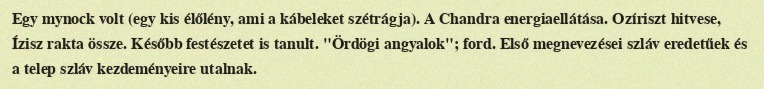
Egy mynock volt (egy kis élőlény, ami a kábeleket szétrágja). A Chandra energiaellátása. Ozíriszt hitvese, Ízisz rakta össze. Később festészetet is tanult. "Ördögi angyalok"; ford. Első megnevezései szláv eredetűek és a telep szláv kezdeményeire utalnak.